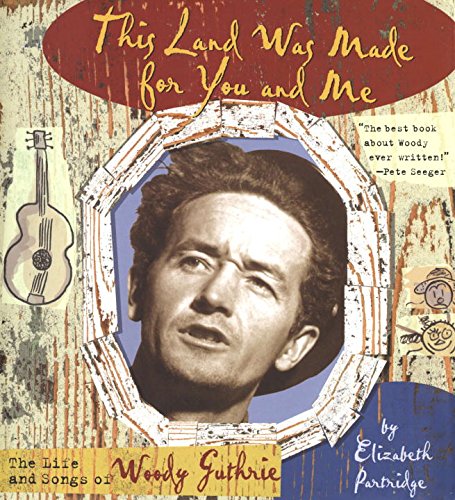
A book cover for This Land Was Made for You and Me: The Life and Songs of Woody Guthrie (Golden Kite Awards); Elizabeth Partridge; Teen & Young Adult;